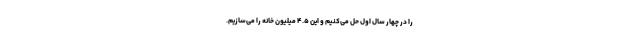
را در چهار سال اول حل می‌کنیم و این ۴.۵ میلیون خانه را می‌سازیم.